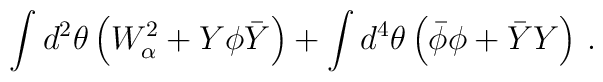
\int d^2\theta\left(W_\alpha^2+ Y\phi \bar Y\right)+\int d^4\theta\left(\bar\phi \phi +\bar Y Y\right)\, .